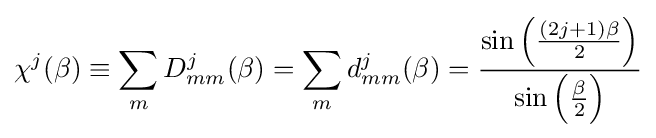
\chi ^{j}(\beta )\equiv \sum _{m}D_{mm}^{j}(\beta )=\sum _{m}d_{mm}^{j}(\beta )={\frac {\sin \left({\frac {(2j+1)\beta }{2}}\right)}{\sin \left({\frac {\beta }{2}}\right)}}